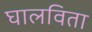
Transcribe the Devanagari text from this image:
घालविता